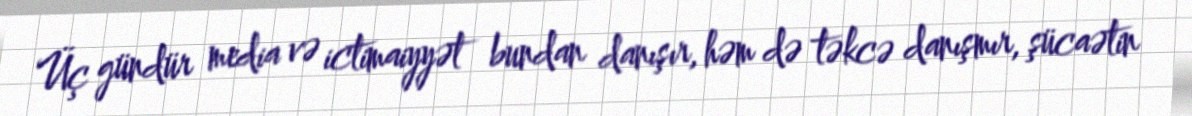
Üç gündür media və ictimaiyyət bundan danışır, həm də təkcə danışmır, şücaətin